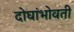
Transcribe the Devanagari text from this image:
दोघांभोवती